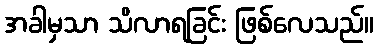
အခါမှသာ သိလာရခြင်း ဖြစ်လေသည်။